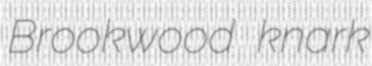
Brookwood knark